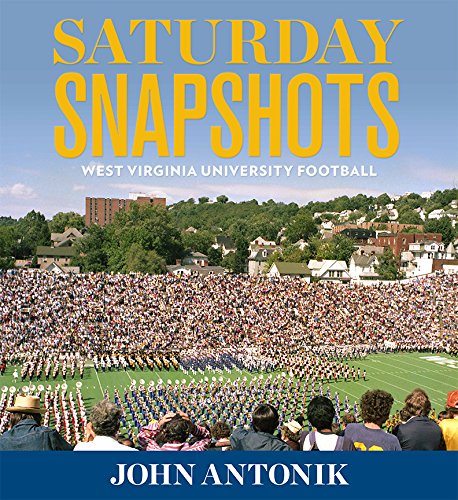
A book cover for Saturday Snapshots: West Virginia University Football; John Antonik; Sports & Outdoors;